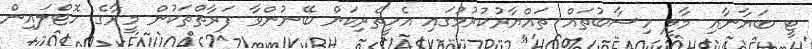
ޓީ ބަޔާނާއި މާލީ ހިސާބުތައް ތައްޔާރުކުރުމުގައި އެހީތެރިކަން ބޭނުންވާ ފަރާތްތަކުން މީރާގެ ހޮޓްލައިން